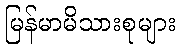
မြန်မာမိသားစုများ